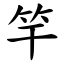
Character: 竿